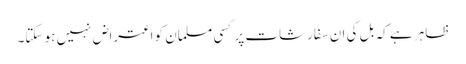
ظاہر ہے کہ بل کی ان سفارشات پر کسی مسلمان کو اعتراض نہیں ہو سکتا۔